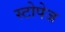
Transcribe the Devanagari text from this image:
स्टोपेज